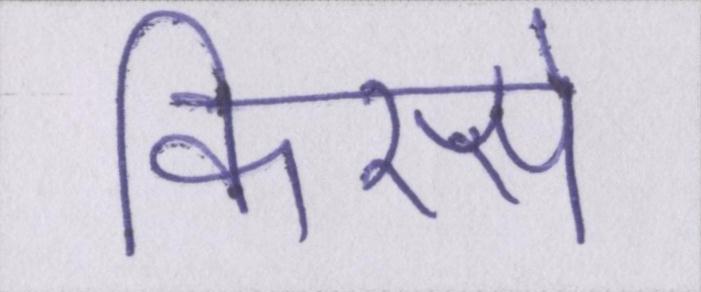
किस्से